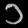
Digit: ၁